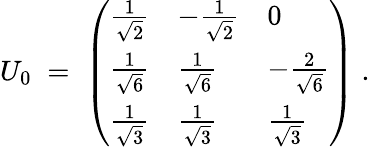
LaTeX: U_{0}\; =\; \left(\begin{array}{lll}{{\frac{1}{\sqrt{2}}}}&{{-\frac{1}{\sqrt{2}}}}&{{0}}\\ {{\frac{1}{\sqrt{6}}}}&{{\frac{1}{\sqrt{6}}}}&{{-\frac{2}{\sqrt{6}}}}\\ {{\frac{1}{\sqrt{3}}}}&{{\frac{1}{\sqrt{3}}}}&{{\frac{1}{\sqrt{3}}}}\end{array}\right)\; .